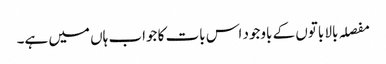
مفصلہ بالا باتوں کے باوجود اس بات کا جواب ہاں میں ہے۔